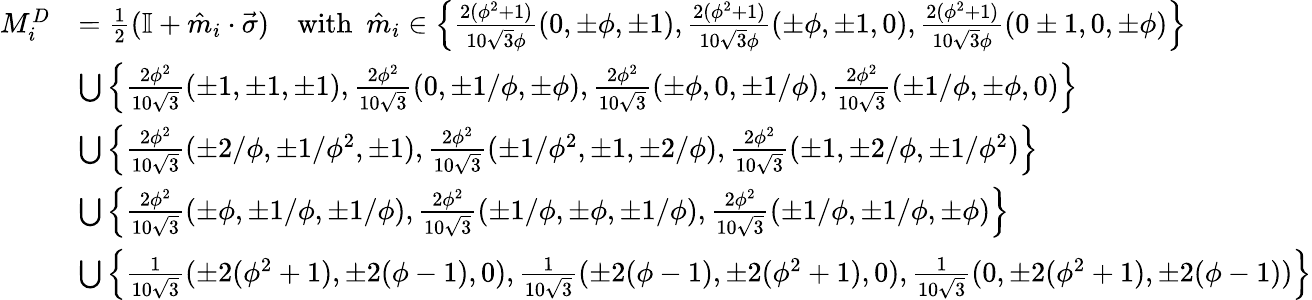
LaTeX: \begin{array}{rl}{{M}_{i}^{D}}&{=\frac{1}{2}(\mathbb{I}+\hat{m}_{i}\cdot\vec{\sigma})~~~~\mathrm{with}~~\hat{m}_{i}\in\left\{ {\frac{2(\phi^{2}+1)}{10\sqrt{3}\phi}}(0,\pm\phi,\pm 1),{\frac{2(\phi^{2}+1)}{10\sqrt{3}\phi}}(\pm\phi,\pm 1,0),{\frac{2(\phi^{2}+1)}{10\sqrt{3}\phi}}(0\pm 1,0,\pm\phi)\right\} }\\ &{\bigcup\left\{ \frac{2\phi^{2}}{10\sqrt{3}}(\pm 1,\pm 1,\pm 1),\frac{2\phi^{2}}{10\sqrt{3}}(0,\pm 1/\phi,\pm\phi),\frac{2\phi^{2}}{10\sqrt{3}}(\pm\phi,0,\pm 1/\phi),\frac{2\phi^{2}}{10\sqrt{3}}(\pm 1/\phi,\pm\phi,0)\right\} }\\ &{\bigcup\left\{ \frac{2\phi^{2}}{10\sqrt{3}}(\pm 2/\phi,\pm 1/\phi^{2},\pm 1),\frac{2\phi^{2}}{10\sqrt{3}}(\pm 1/\phi^{2},\pm 1,\pm 2/\phi),\frac{2\phi^{2}}{10\sqrt{3}}(\pm 1,\pm 2/\phi,\pm 1/\phi^{2})\right\} }\\ &{\bigcup\left\{ \frac{2\phi^{2}}{10\sqrt{3}}(\pm\phi,\pm 1/\phi,\pm 1/\phi),\frac{2\phi^{2}}{10\sqrt{3}}(\pm 1/\phi,\pm\phi,\pm 1/\phi),\frac{2\phi^{2}}{10\sqrt{3}}(\pm 1/\phi,\pm 1/\phi,\pm\phi)\right\} }\\ &{\bigcup\left\{ {\frac{1}{10\sqrt{3}}}(\pm 2(\phi^{2}+1),\pm 2(\phi-1),0),{\frac{1}{10\sqrt{3}}}(\pm 2(\phi-1),\pm 2(\phi^{2}+1),0),{\frac{1}{10\sqrt{3}}}(0,\pm 2(\phi^{2}+1),\pm 2(\phi-1))\right\} }\end{array}